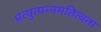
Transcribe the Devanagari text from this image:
प्रत्युत्पन्नमतित्वता